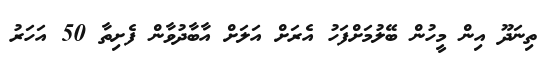
ތިނަދޫ އިން މީހުން ބޭލުމަށްފަހު އެރަށް އަލަށް އާބާދުވާން ފެށިތާ 50 އަހަރު